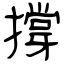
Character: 撐